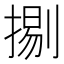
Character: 𢱦